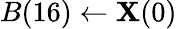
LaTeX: B(16)\leftarrow\mathbf{X}(0)